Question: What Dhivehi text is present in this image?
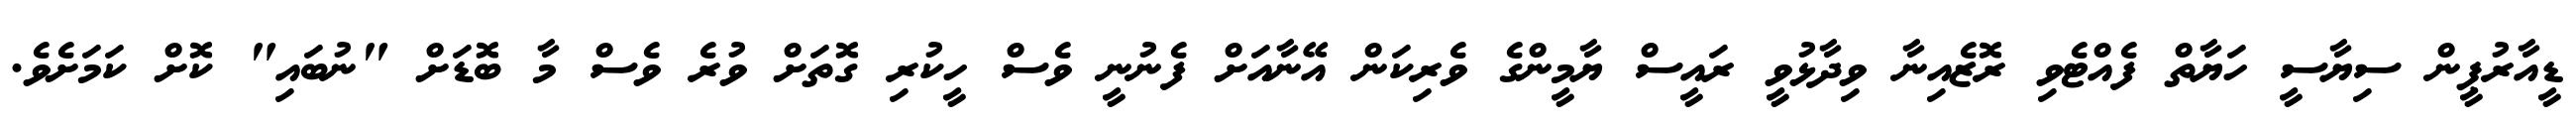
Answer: ޑީއާރުޕީން ސިޔާސީ ހަޔާތް ފެއްޓެވި ރޮޒެއިނާ ވިދާޅުވީ ރައީސް ޔާމީންގެ ވެރިކަން އޭނާއަށް ފެނުނީ ވެސް ހީކުރި ގޮތަށް ވުރެ ވެސް މާ ބޮޑަށް "ނުބައި" ކޮށް ކަމަށެވެ.